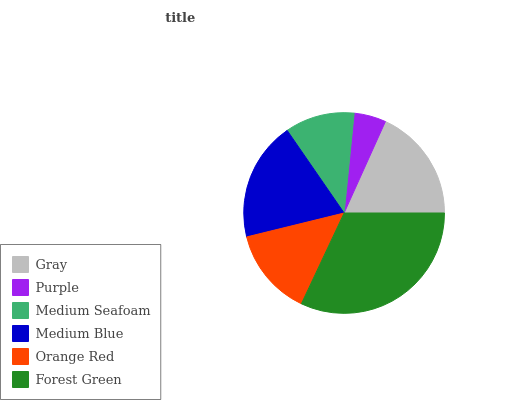
| Gray | Purple | Medium Seafoam | Medium Blue | Orange Red | Forest Green |
 | --- | --- | --- | --- | --- | --- |
 | 18.3% | 5.15% | 11.2% | 19.2% | 14.2% | 32% |